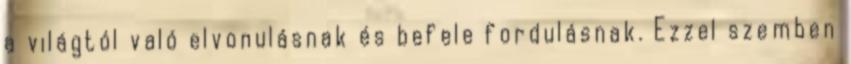
a világtól való elvonulásnak és befele fordulásnak. Ezzel szemben